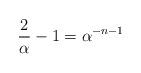
LaTeX: \begin{align*}{2\over\alpha} -1 = \alpha^{-n-1} \end{align*}